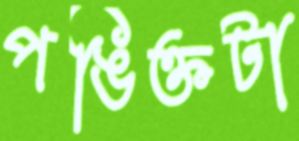
পঙিক্তটা